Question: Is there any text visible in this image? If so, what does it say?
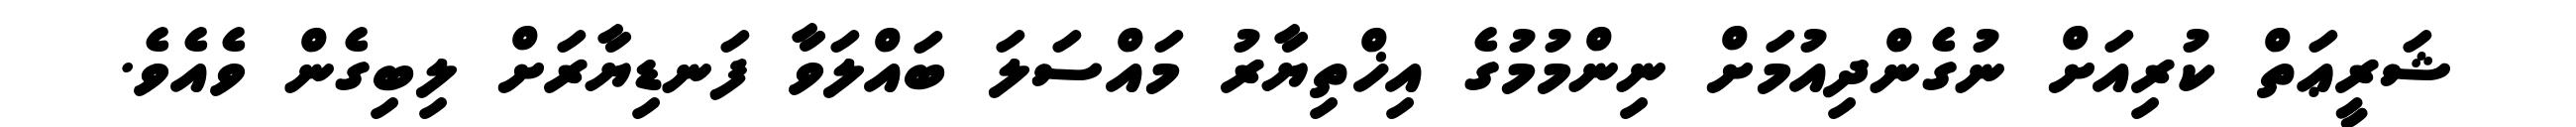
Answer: ޝަރީޢަތް ކުރިއަށް ނުގެންދިއުމަށް ނިންމުމުގެ އިޚްތިޔާރު މައްސަލަ ބައްލަވާ ފަނޑިޔާރަށް ލިބިގެން ވެއެވެ.